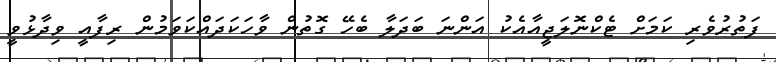
ފަތުރުވެރި ކަމަށް ޓެކްނޮލަޖީއާއެކު އަންނަ ބަދަލާ ބެހޭ ގޮތުން ވާހަކަދައްކަވަމުން ރިފާއީ ވިދާޅުވީ